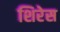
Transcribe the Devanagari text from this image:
शिरेस